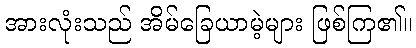
အားလုံးသည် အိမ်ခြေယာမဲ့များ ဖြစ်ကြ၏။